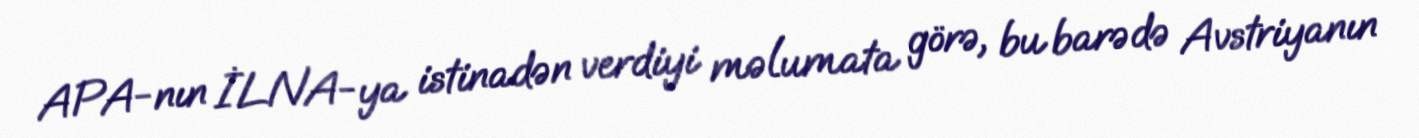
APA-nın İLNA-ya istinadən verdiyi məlumata görə, bu barədə Avstriyanın